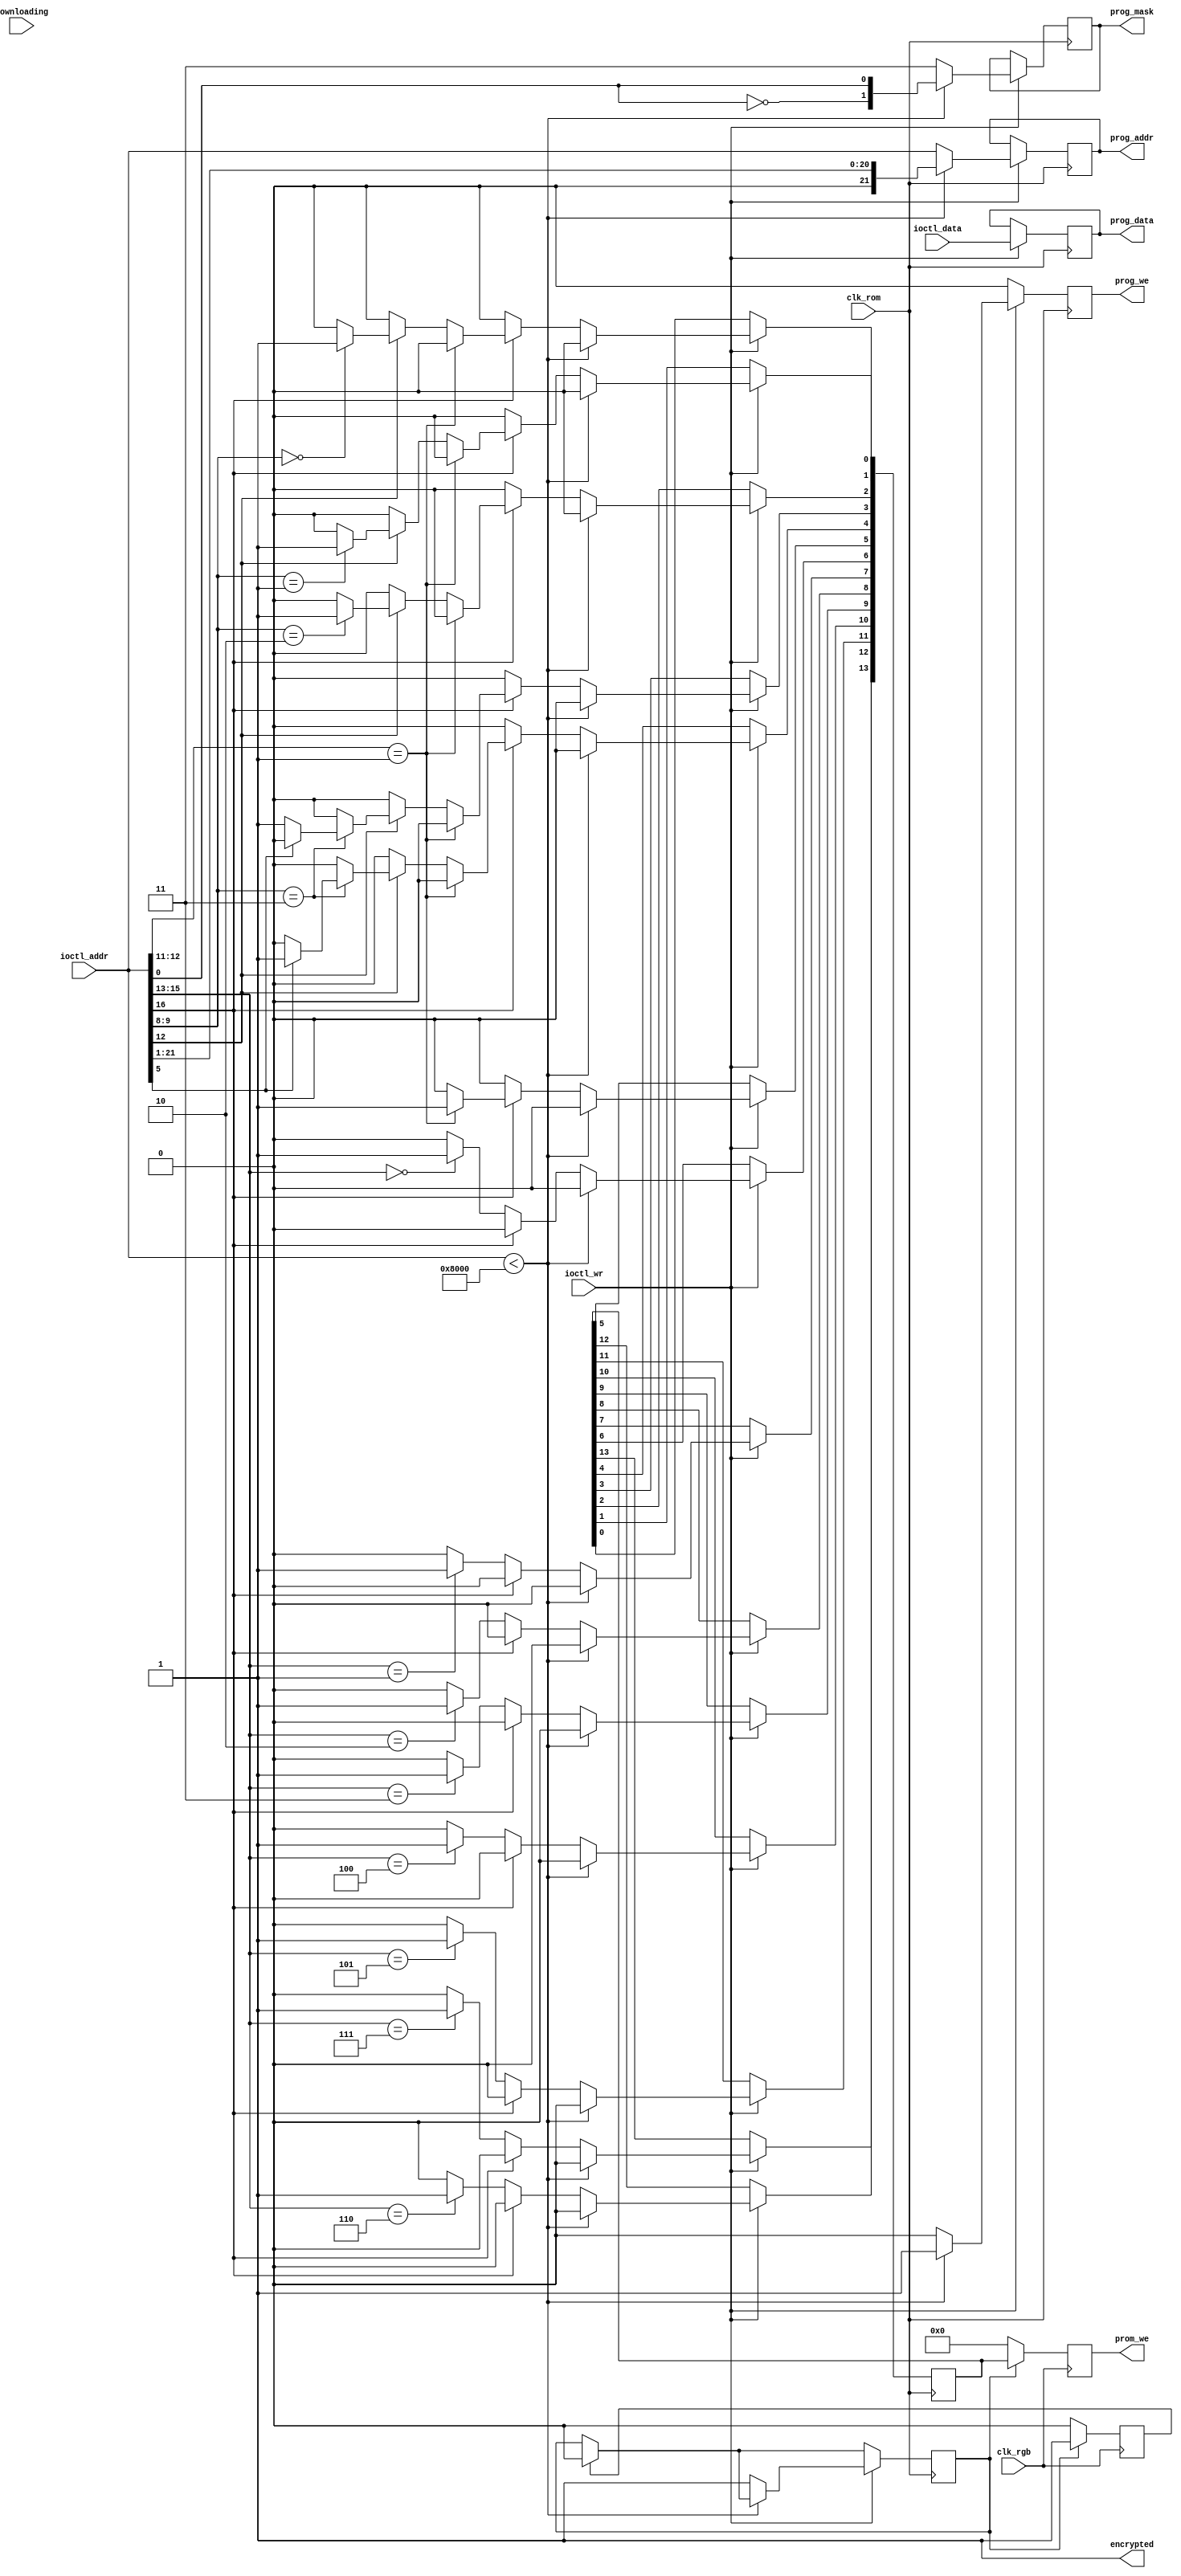
/*  This file is part of JTPOPEYE.
    JTPOPEYE program is free software: you can redistribute it and/or modify
    it under the terms of the GNU General Public License as published by
    the Free Software Foundation, either version 3 of the License, or
    (at your option) any later version.

    JTPOPEYE program is distributed in the hope that it will be useful,
    but WITHOUT ANY WARRANTY; without even the implied warranty of
    MERCHANTABILITY or FITNESS FOR AD PARTICULAR PURPOSE.  See the
    GNU General Public License for more details.

    You should have received a copy of the GNU General Public License
    along with JTPOPEYE.  If not, see <http://www.gnu.org/licenses/>.

    Author: Jose Tejada Gomez. Twitter: @topapate
    Version: 1.0
    Date: 12-3-2019 */

`timescale 1ns/1ps

module jtpopeye_prom_we(
    input                clk_rom,
    input                clk_rgb,
    input                downloading,
    input      [21:0]    ioctl_addr,
    input      [ 7:0]    ioctl_data,
    input                ioctl_wr,
    output reg [21:0]    prog_addr,
    output reg [ 7:0]    prog_data,
    output reg [ 1:0]    prog_mask, // active low
    output reg           prog_we,
    output reg [13:0]    prom_we,   // update prom_we0 below if prom_we is edited!
    // signal whether the CPU data is encrypted or not
    output               encrypted
);

`ifndef MISTER
localparam PROM_ADDR = 8192*4;
`else
localparam PROM_ADDR = 0;
`endif

reg set_strobe, set_done;
reg [13:0] prom_we0;

always @(posedge clk_rgb) begin
    prom_we <= 14'd0;
    if( set_strobe ) begin
        prom_we <= prom_we0;
        set_done <= 1'b1;
    end else if(set_done) begin
        set_done <= 1'b0;
    end
end

always @(posedge clk_rom) begin
    prog_we   <= 1'b0;
    if( set_done ) set_strobe <= 1'b0;
    if ( ioctl_wr ) begin
        prog_data <= ioctl_data;
        if( ioctl_addr < PROM_ADDR ) begin
            prog_addr <= { 1'b0, ioctl_addr[21:1] };
            prog_we   <= 1'b1;
            prog_mask <= {~ioctl_addr[0], ioctl_addr[0]};
            prom_we0  <= 14'd0;
        end
        else begin // PROMs
            prog_mask <= 2'b11;
            prog_addr <= ioctl_addr;
            prom_we0  <= 14'd0;
            if( !ioctl_addr[16] ) begin
                case( ioctl_addr[15:13] )
                    // MAIN is also a prom, only for MISTer
                    3'd0: prom_we0[6]  <= 1'b1;
                    3'd1: prom_we0[7]  <= 1'b1;
                    3'd2: prom_we0[8]  <= 1'b1;
                    3'd3: prom_we0[9]  <= 1'b1;
                    // OBJ is a prom, both MiST and MiSTer
                    3'd4: prom_we0[10] <= 1'b1;
                    3'd5: prom_we0[11] <= 1'b1;
                    3'd6: prom_we0[12] <= 1'b1;
                    3'd7: prom_we0[13] <= 1'b1;
                endcase
                set_strobe <= 1'b1;
            end else begin
                if( ioctl_addr[12:11] == 2'b01 )
                    prom_we0[5] <= 1'b1; // 5N TXT, throw away the 1st half of the file
                else if(ioctl_addr[12]) begin
                    case(ioctl_addr[9:8])
                        2'h0: prom_we0[0] <= 1'b1;    // 7J, timing
                        2'h1: prom_we0[1] <= 1'b1;    // 5B OBJ PAL
                        2'h2: prom_we0[2] <= 1'b1;    // 5A OBJ PAL
                        2'h3: if( ioctl_addr[5] )
                            prom_we0[4] <= 1'b1;
                        else
                            prom_we0[3] <= 1'b1; // 3A, 4A TXT/BACK PAL
                    endcase
                end
                set_strobe <= 1'b1;
            end
        end
    end
end
/*
`ifndef TESTROM
reg [3:0] encrypt_test=4'hf;
reg check;
reg last_downloading;

always @(posedge clk_rom) begin
    last_downloading <= downloading;
    if( !last_downloading && downloading ) check<=1'b1;
    if( check && ioctl_wr ) begin
        case( ioctl_addr[1:0] )
            2'b00: encrypt_test[0] = ioctl_data==8'he4;
            2'b01: encrypt_test[1] = ioctl_data==8'h64;
            2'b10: encrypt_test[2] = ioctl_data==8'ha5;
            2'b11: begin
                encrypt_test[3] = ioctl_data==8'h46;
                check <= 1'b0;
            end
        endcase
    end
    encrypted <= &encrypt_test;
end
`else
// For simulations with test roms and no loading:
initial encrypted = 1'b0;
`endif

`ifdef SIMULATION
always @(negedge downloading) if( prog_addr )  // avoid displaying a message
    // at time 0
begin
    if( encrypted )
        $display("Finished downloading an ENCRYPTED ROM");
    else
        $display("Finished downloading a NON-ENCRYPTED ROM");
end
`endif
*/
`ifndef TESTROM
assign encrypted = 1'b1;
`else
assign encrypted = 1'b0;
`endif
endmodule // jt1492_promprog